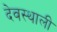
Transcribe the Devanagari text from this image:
देवस्थाली